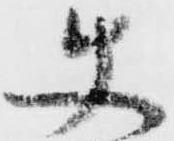
使